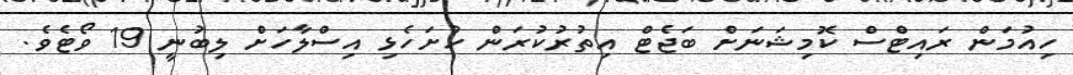
ހިއުމަން ރައިޓްސް ކޮމިޝަނަށް ބަޖެޓް އިތުރުކުރަން ހުށަހެޅި އިސްލާހަށް ލިބުނީ 19 ވޯޓެވެ.